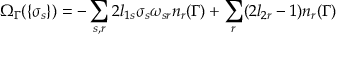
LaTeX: \Omega _ { \Gamma } ( \{ \sigma _ { s } \} ) = - \sum _ { s , r } 2 l _ { 1 s } \sigma _ { s } \omega _ { s r } n _ { r } ( \Gamma ) + \sum _ { r } ( 2 l _ { 2 r } - 1 ) n _ { r } ( \Gamma )